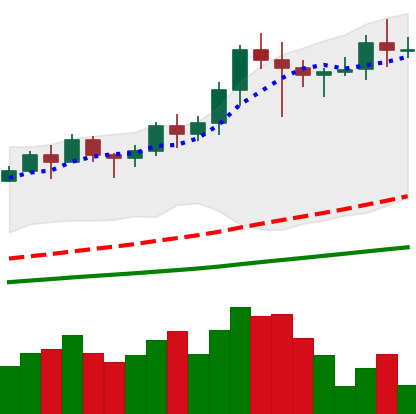
Ticker: LINK-USD
Chart end date: 2021-02-21
Forward return: -26.251%
Label: down_7plus